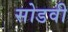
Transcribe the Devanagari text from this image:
सोडवी